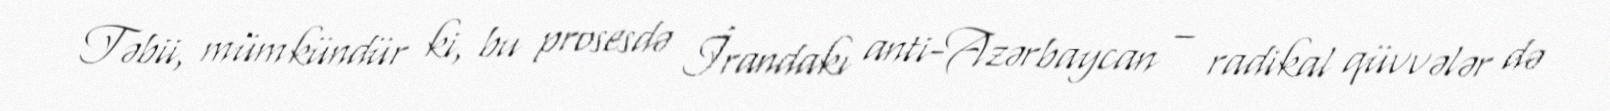
Təbii, mümkündür ki, bu prosesdə İrandakı anti-Azərbaycan – radikal qüvvələr də